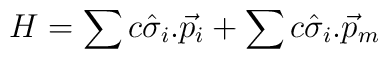
H= \sum c \hat{\sigma}_{i}.\vec{p}_{i} +  \sum c\hat{\sigma}_{i}.\vec{p}_{m}